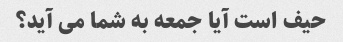
حیف است آیا جمعه به شما می آید؟